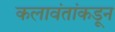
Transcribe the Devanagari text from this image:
कलावंतांकडून